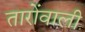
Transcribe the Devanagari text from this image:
तारोंवाली